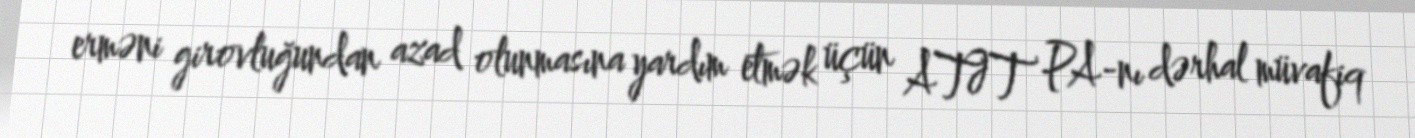
erməni girovluğundan azad olunmasına yardım etmək üçün ATƏT PA-nı dərhal müvafiq